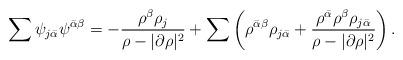
LaTeX: \begin{align*} \sum\psi_{j\bar\alpha}\psi^{\bar\alpha\beta}=-\frac{\rho^{\beta}\rho_{j}}{\rho-|\partial\rho|^2}+ \sum \left(\rho^{\bar\alpha\beta}\rho_{j\bar\alpha}+ \frac{\rho^{\bar\alpha}\rho^{\beta}\rho_{j\bar\alpha}}{\rho-|\partial\rho|^2}\right).\end{align*}